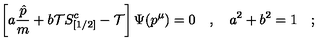
\left[ a { \frac { \hat { p } } { m } } + b { \cal T } S _ { [ 1 / 2 ] } ^ { c } - { \cal T } \right] \Psi ( p ^ { \mu } ) = 0 \quad , \quad a ^ { 2 } + b ^ { 2 } = 1 \quad ;